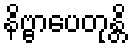
နိဗ္ဗာပေတုန္တိ